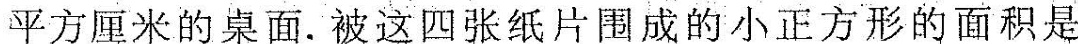
平方厘米的桌面。被这四张纸片围成的小正方形的面积是